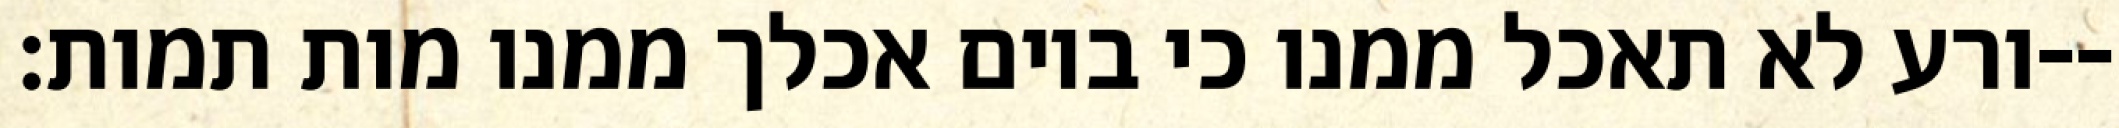
ורע לא תאכל ממנו כי ביום אכלך ממנו מות תמות׃--